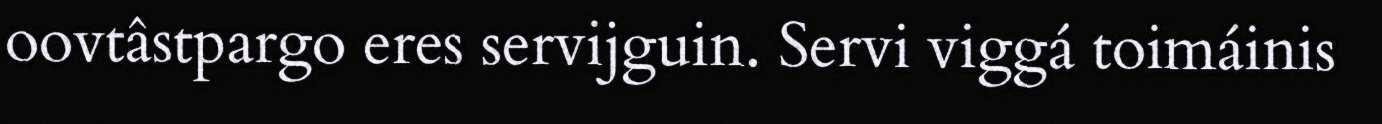
oovtâstpargo eres servijguin. Servi viggá toimáinis